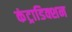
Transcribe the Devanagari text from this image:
कंट्राडिक्शन